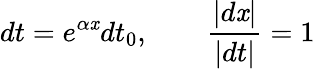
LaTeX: dt=e^{\alpha\mathit{x}}dt_{0},\qquad{\frac{{|d\mathit{x}|}}{{|dt|}}}=1